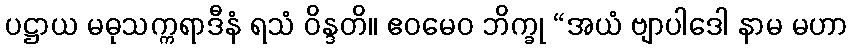
ပဋ္ဌာယ မဓုသက္ကရာဒီနံ ရသံ ဝိန္ဒတိ။ ဧဝမေဝ ဘိက္ခု “အယံ ဗျာပါဒေါ နာမ မဟာ